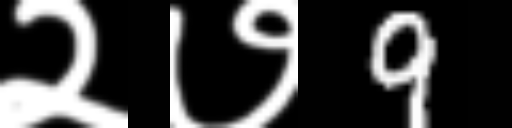
Text: २७9